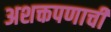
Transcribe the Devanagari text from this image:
अशक्तपणाची